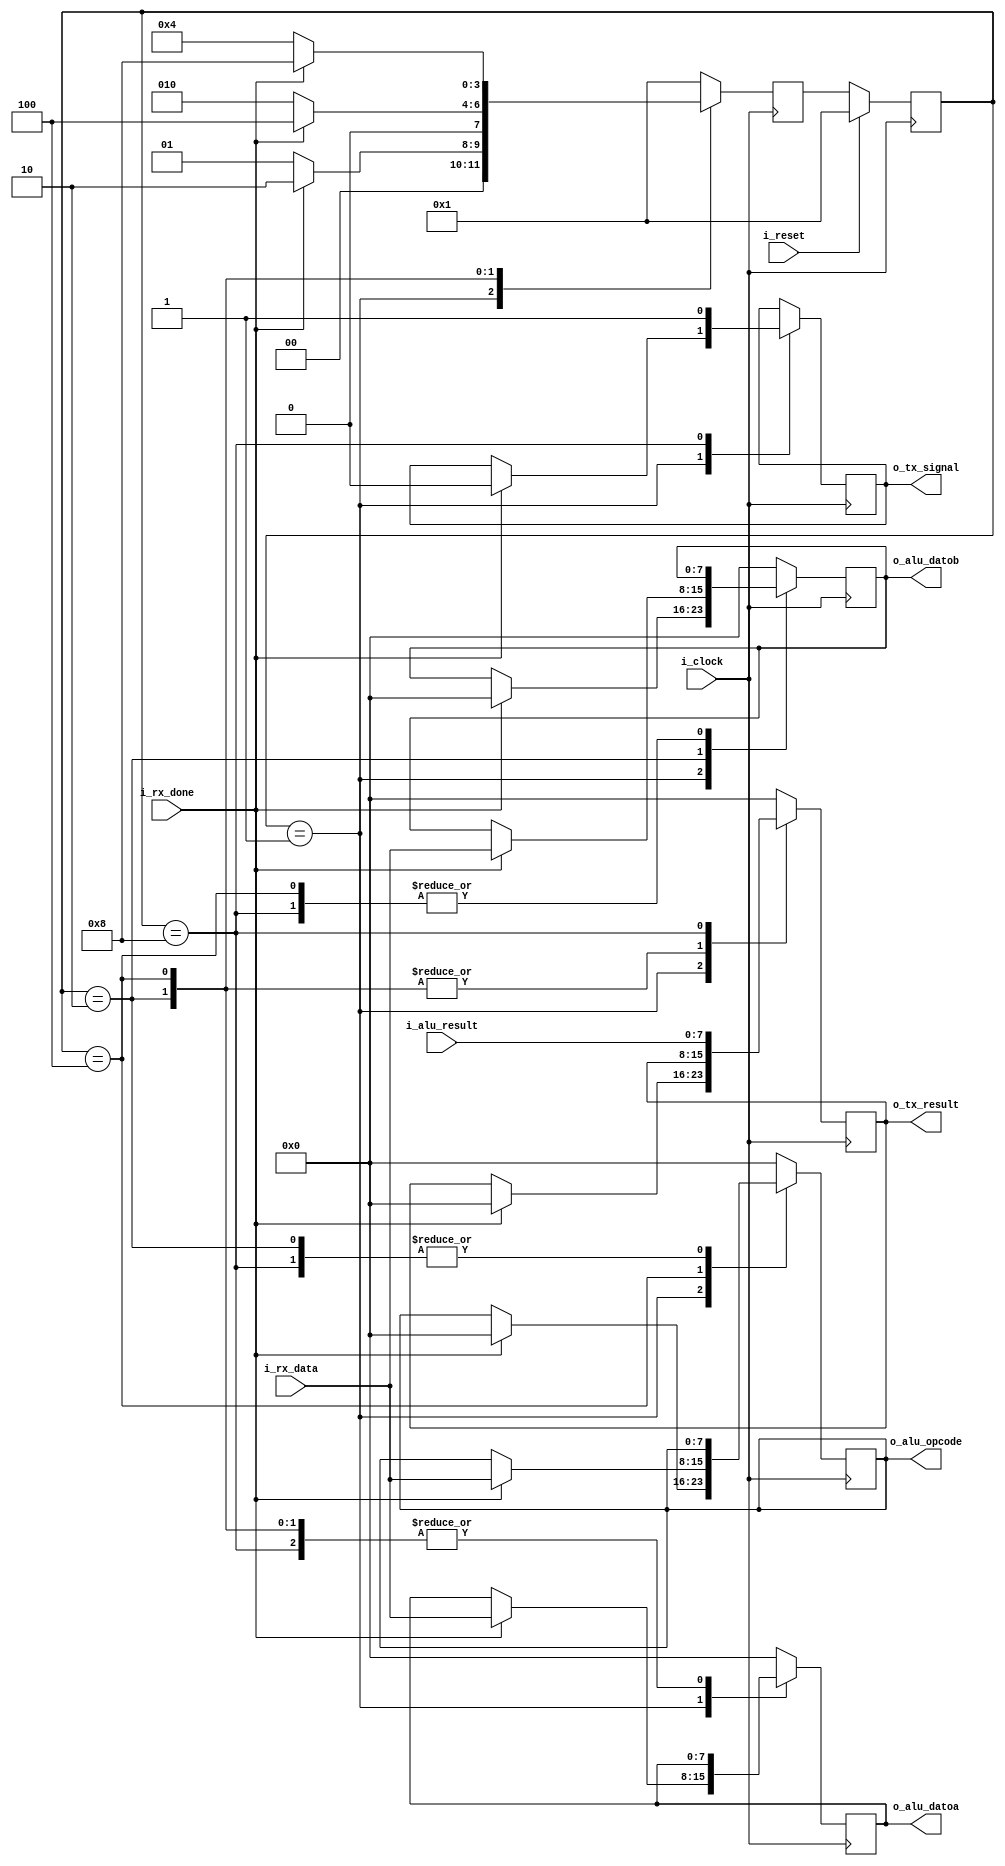
`timescale 1ns / 1ps
//////////////////////////////////////////////////////////////////////////////////
// Company: 
// Engineer: 
// 
// Design Name: 
// Module Name: INTERFAZ
// Project Name: 
// Target Devices: 
// Tool Versions: 
// Description: 
// 
// Dependencies: 
// 
// Revision:
// Revision 0.01 - File Created
// Additional Comments:
// 
//////////////////////////////////////////////////////////////////////////////////


module interface
#(
  //PARAMETERS
  parameter     SIZEDATA = 8,
  parameter      SIZEOP = 6
  )
  (
  //INPUTS
  input                            i_clock,
  input                            i_reset,
  input                            i_rx_done,
  input signed  [SIZEDATA - 1:0]   i_rx_data,
  input         [SIZEDATA - 1:0]   i_alu_result,

  //OUTPUTS
  output  reg   [SIZEDATA - 1:0]   o_alu_datoa,
  output  reg   [SIZEDATA - 1:0]   o_alu_datob,
  output  reg   [SIZEDATA - 1:0]   o_alu_opcode,
  output  reg   [SIZEDATA - 1:0]   o_tx_result,
  output  reg                      o_tx_signal
  );
  
  // One-Hot, One-Cold  
  localparam STATE_OPA    = 4'b0001;
  localparam STATE_OPB    = 4'b0010;
  localparam STATE_OPCODE = 4'b0100;
  localparam STATE_RESULT = 4'b1000;
  
  reg [3:0]  current_state  = 0;
  reg [3:0]  next_state     = 0;
//  reg              rx_valid = 1;
//  reg [SIZEDATA - 1:0] operando_a;
//  reg [SIZEDATA - 1:0] operando_b;
//  reg [SIZEDATA - 1:0] opcode;
//  reg [SIZEDATA - 1:0] result;
  
   always @(posedge i_clock) //MEMORIA
        if (i_reset)
                current_state <= STATE_OPA; //ESTADO INICIAL
        else
                current_state <= next_state;
    
   
      
  always @(posedge i_clock) begin: next_state_logic
    case (current_state)
        STATE_OPA:
        begin
            if(i_rx_done)
            begin
                o_alu_datoa <= i_rx_data;
                o_alu_datob <= 0;
                o_alu_opcode <= 0;
                o_tx_result <= 0;
                o_tx_signal <= 0;
                next_state <= STATE_OPB;
            end
            else
            begin              
                next_state <= STATE_OPA;
            end
        end
        
        STATE_OPB:
        begin
           if(i_rx_done)
            begin
                //operando_a <= o_alu_datoa;
                o_alu_datob <= i_rx_data;
                //opcode <= o_alu_opcode;
                //result <= o_tx_result;
                next_state <= STATE_OPCODE;
            end
            else
            begin             
                next_state <= STATE_OPB;
            end
        end
        
        STATE_OPCODE:
        begin
            if(i_rx_done)
            begin
                //operando_a <= o_alu_datoa;
                //operando_b <= o_alu_datob;
                o_alu_opcode <= i_rx_data;            
                //result <= o_tx_result;
                next_state <= STATE_RESULT;
            end
            else
            begin 
                next_state <= STATE_OPCODE;
            end
        end
        
        STATE_RESULT:
        begin
            //operando_a <= o_alu_datoa;
            //operando_b <= o_alu_datob;
            //opcode <= o_alu_opcode;
            o_tx_result <= i_alu_result;
            o_tx_signal <= 1;
            next_state <= STATE_OPA;
        end
              
        default:
        begin
            o_alu_datoa <= 0;
            o_alu_datob <= 0;
            o_alu_opcode <= 0;
            o_tx_result <= 0;
            next_state <= STATE_OPA;
        end
        
    endcase
    end

endmodule